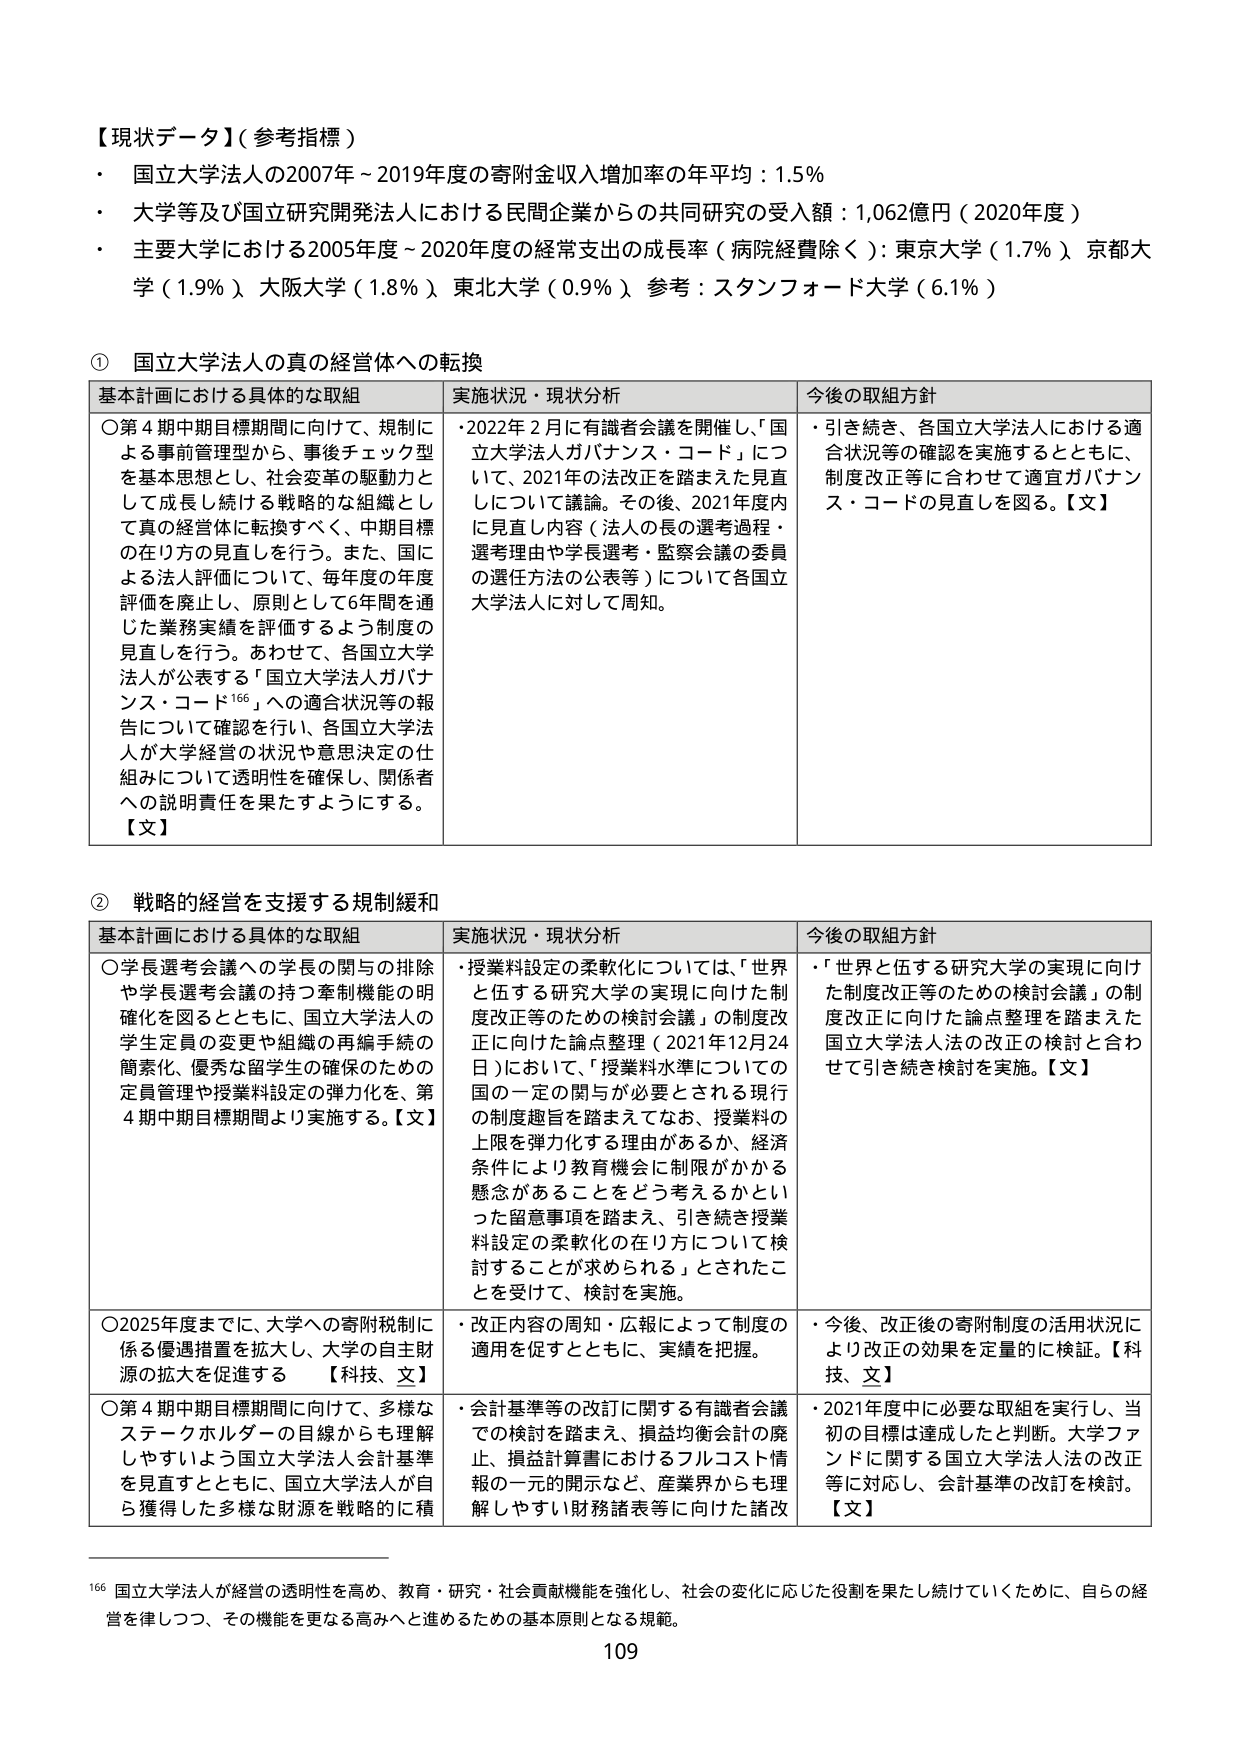
【現状データ】（参考指標）
・国立大学法人の2007年～2019年度の寄附金収入増加率の年平均：1.5％
・大学等及び国立研究開発法人における民間企業からの共同研究の受入額：1,062億円（2020年度）
・主要大学における2005年度～2020年度の経常支出の成長率（病院経費除く）：東京大学（1.7％）京都大学（1.9％）大阪大学（1.8％）東北大学（0.9％）参考：スタンフォード大学（6.1％）

① 国立大学法人の真の経営体への転換
基本計画における具体的な取組 実施状況・現状分析 今後の取組方針
〇第4期中期目標期間に向けて、規制による事前管理型から、事後チェック型を基本思想とし、社会変革の駆動力として成長し続ける戦略的な組織として真の経営体に転換すべく、中期目標の在り方の見直しを行う。また、国による法人評価について、毎年度の年度評価を廃止し、原則として6年間を通じた業務実績を評価するよう制度の見直しを行う。あわせて、各国立大学法人が公表する「国立大学法人ガバナンス・コード¹⁶⁶」への適合状況等の報告について確認を行い、各国立大学法人が大学経営の状況や意思決定の仕組みについて透明性を確保し、関係者への説明責任を果たすようにする。【文】
・2022年2月に有識者会議を開催し、「国立大学法人ガバナンス・コード」について、2021年の法改正を踏まえた見直しについて議論。その後、2021年度内に見直し内容（法人の長の選考過程・選考理由や学長選考・監察会議の委員の選任方法の公表等）について各国立大学法人に対して周知。
・引き続き、各国立大学法人における適合状況等の確認を実施するとともに、制度改正等に合わせて適宜ガバナンス・コードの見直しを図る。【文】

② 戦略的経営を支援する規制緩和
基本計画における具体的な取組 実施状況・現状分析 今後の取組方針
〇学長選考会議への学長の関与の排除や学長選考会議の持つ牽制機能の明確化を図るとともに、国立大学法人の学生定員の変更や組織の再編手続の簡素化、優秀な留学生の確保のための定員管理や授業料設定の弾力化を、第4期中期目標期間より実施する。【文】
・授業料設定の柔軟化については、「世界と伍する研究大学の実現に向けた制度改正等のための検討会議」の制度改正に向けた論点整理（2021年12月24日）において、「授業料水準についての国の一定の関与が必要とされる現行の制度趣旨を踏まえてなお、授業料の上限を弾力化する理由があるか、経済条件により教育機会に制限がかかる懸念があることをどう考えるかといった留意事項を踏まえ、引き続き授業料設定の柔軟化の在り方について検討することが求められる」とされたことを受けて、検討を実施。
・「世界と伍する研究大学の実現に向けた制度改正等のための検討会議」の制度改正に向けた論点整理を踏まえた国立大学法人法の改正の検討と合わせて引き続き検討を実施。【文】
〇2025年度までに、大学への寄附税制に係る優遇措置を拡大し、大学の自主財源の拡大を促進する 【科技、文】
・改正内容の周知・広報によって制度の適用を促すとともに、実績を把握。
・今後、改正後の寄附制度の活用状況により改正の効果を定量的に検証。【科技、文】
〇第4期中期目標期間に向けて、多様なステークホルダーの目線からも理解しやすいよう国立大学法人会計基準を見直すとともに、国立大学法人が自ら獲得した多様な財源を戦略的に積
・会計基準等の改訂に関する有識者会議での検討を踏まえ、損益均衡会計の廃止、損益計算書におけるフルコスト情報の一元的開示など、産業界からも理解しやすい財務諸表等に向けた諸改
・2021年度中に必要な取組を実行し、当初の目標は達成したと判断。大学ファンドに関する国立大学法人法の改正等に対応し、会計基準の改訂を検討。【文】

¹⁶⁶ 国立大学法人が経営の透明性を高め、教育・研究・社会貢献機能を強化し、社会の変化に応じた役割を果たし続けていくために、自らの経営を律しつつ、その機能を更なる高みへと進めるための基本原則となる規範。

109